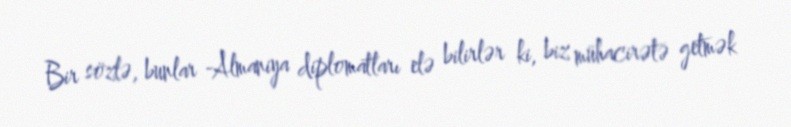
Bir sözlə, bunlar -Almaniya diplomatları elə bilirlər ki, biz mühacirətə getmək